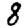
Digit: 8